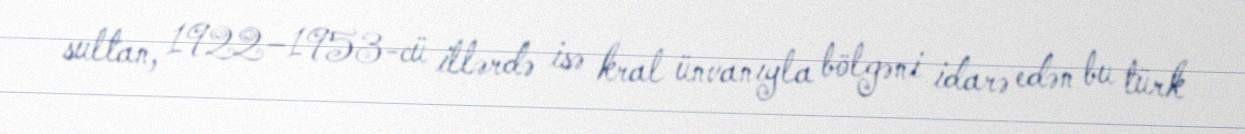
sultan, 1922–1953-cü illərdə isə kral ünvanıyla bölgəni idarə edən bu türk